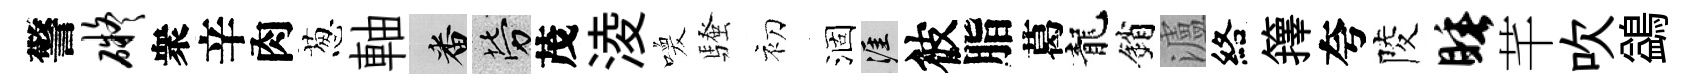
警碍衆辛肉葱軸番勞茂淩喚騷初涸涯彼脂葛龍銷瀘絡籜夸陵睡芊吹鷁